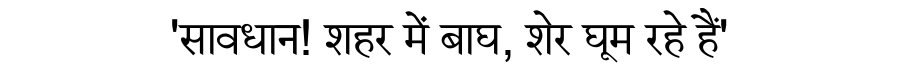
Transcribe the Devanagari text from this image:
'सावधान! शहर में बाघ, शेर घूम रहे हैं'